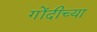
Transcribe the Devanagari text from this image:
गोंदीच्या